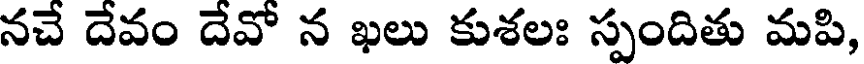
నచే దేవం దేవో న ఖలు కుశలః స్పందితు మపి,